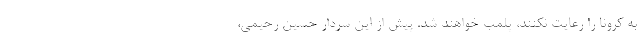
به کرونا را رعایت نکنند، پلمب خواهند شد. پیش از این سردار حسین رحیمی،